38_143685_box7_Incident_Summaries_1-100
Agency: Department of War
Page 65
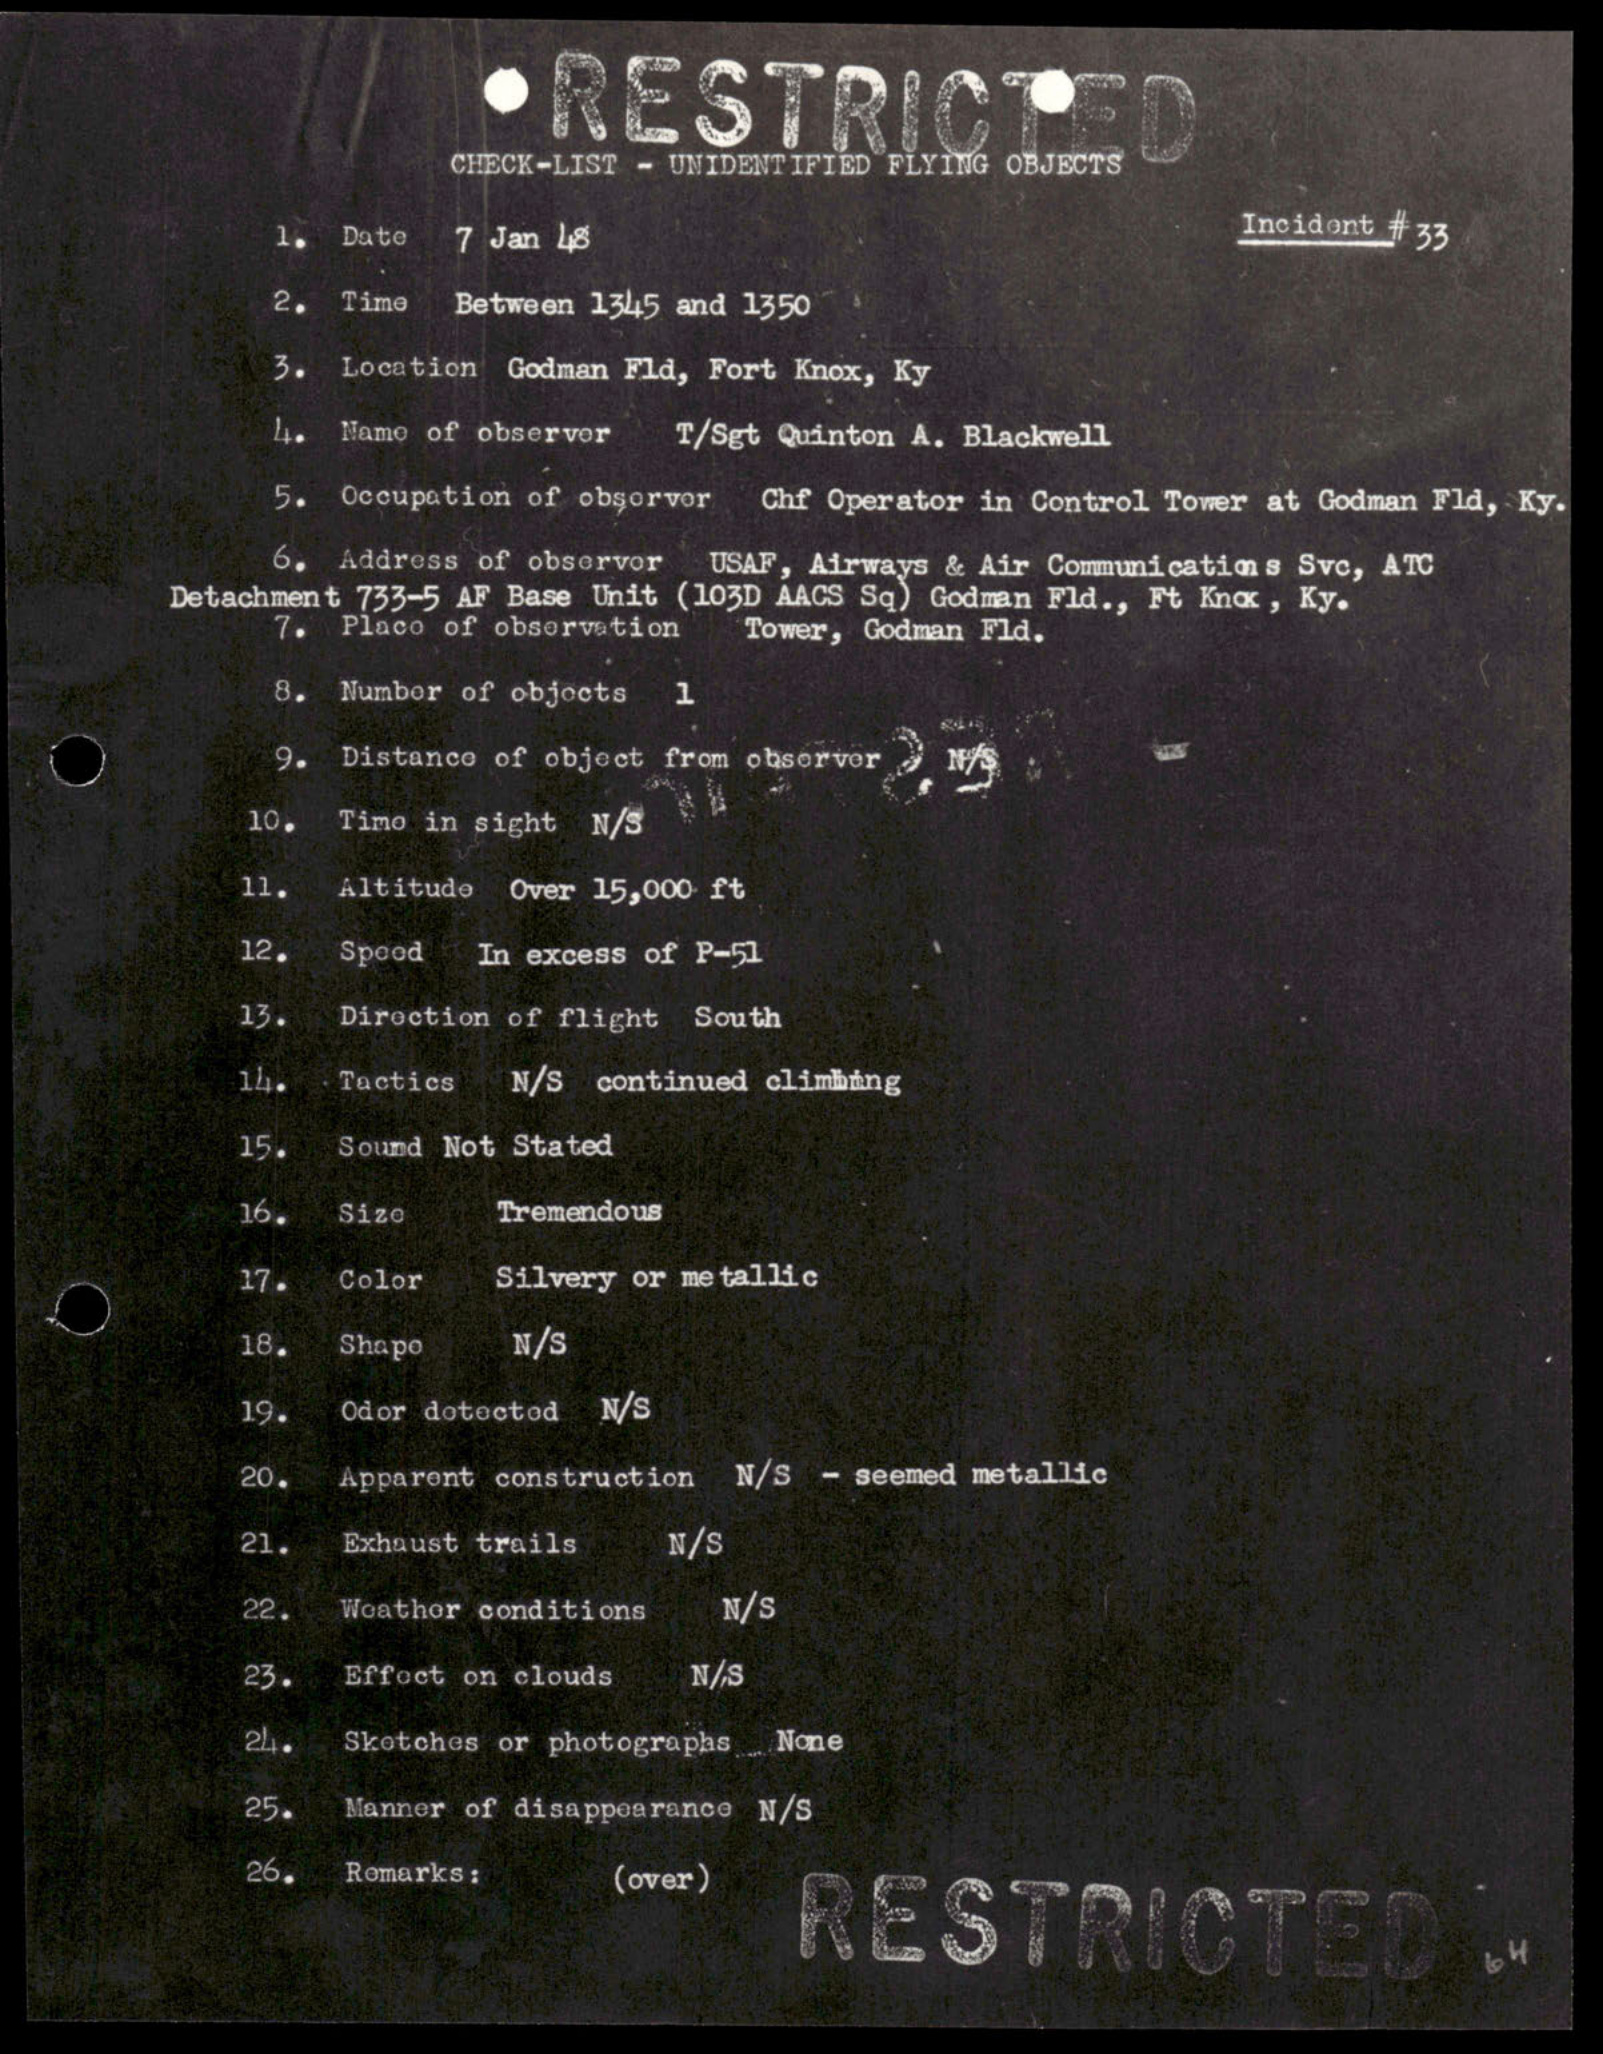